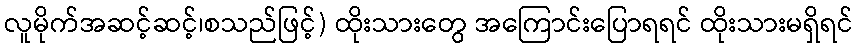
လူမိုက်အဆင့်ဆင့်၊စသည်ဖြင့်) ထိုးသားတွေ အကြောင်းပြောရရင် ထိုးသားမရှိရင်